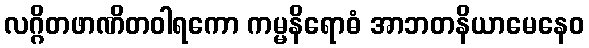
လဂ္ဂိတဖာဏိတဝါရကော ကမ္မနိရောဓံ အာဘတနိယာမေနေဝ